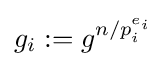
g_{i}:=g^{n/p_{i}^{e_{i}}}